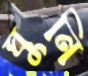
ঘুনি